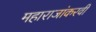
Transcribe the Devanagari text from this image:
महाराजांकरवी